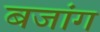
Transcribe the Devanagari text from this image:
बजांग